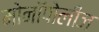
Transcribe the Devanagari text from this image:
मोनॉपोलीज